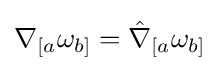
\nabla _{[a}\omega _{b]}={\hat {\nabla }}_{[a}\omega _{b]}